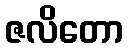
ဇလိတော